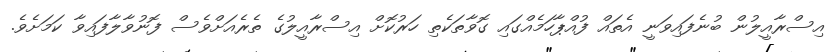
އިސްރާއީލުން ބުނެފައިވަނީ އެތައް ފުއްޕާހަމެއްގައި ގޮވާތަކެތި ހަރުކޮށް އިސްރާއީލުގެ ތެރެއަށްވެސް ފޮނުވާލާފައިވާ ކަމަށެވެ.